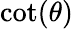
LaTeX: \cot(\theta)